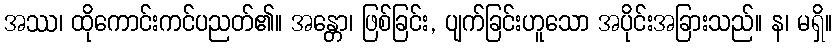
အဿ၊ ထိုကောင်းကင်ပညတ်၏။ အန္တော၊ ဖြစ်ခြင်း, ပျက်ခြင်းဟူသော အပိုင်းအခြားသည်။ န၊ မရှိ။